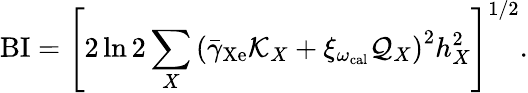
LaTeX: \mathrm{BI}=\left[2\ln 2\sum_{X}\left(\bar{\gamma}_{\mathrm{Xe}}\mathcal{K}_{X}+\xi_{\omega_{\mathrm{cal}}}\mathcal{Q}_{X}\right)^{2}h_{X}^{2}\right]^{1/2}.